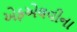
એફએલવીના